Leaving Certificate Examination, 1919
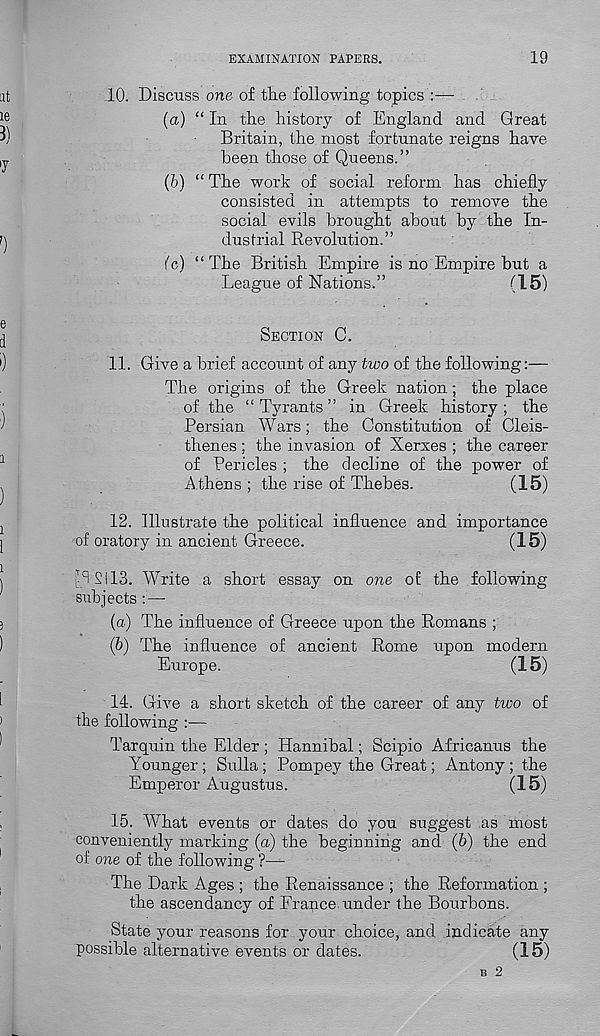
EXAMINATION PAPERS.
19
10.
Discuss one of tlie follow
(a) “ In the history of England and Great
Britain, the most fortunate reigns have
been those of Queens.”
(b) “ The work of social reform has chiefly
consisted in attempts to remove the
social evils brought about by the In-
dustrial Revolution.”
(c) “The British Empire is no Empire but a
League of Nations.”
(15)
SECTION C.
11. Give a brief account of any two of the foRowing:—
The origins of the Greek nation; the place
of the “Tyrants” in Greek history; the
Persian Wars; the Constitution of Cleis-
thenes ; the invasion of Xerxes ; the career
of Pericles ; the decline of the power of
Athens ; the rise of Thebes.
(15)
12. Illustrate the political influence and importance
of oratory in ancient Greece.
(15)
’l SI 13. Write a short essay on one of the following
subjects :—
(a) The influence of Greece upon the Romans ;
(&) The influence of ancient Rome upon modern
Europe.
(15)
14. Give a short sketch of the career of any two of
the following :—
Tarquin the Elder ; Hannibal; Scipio Africanus the
Younger; Sulla; Pompey the Great; Antony; the
Emperor Augustus.
(15)
15. What events or dates do you suggest as most
conveniently marking (a) the beginning and (6) the end
of one of the following ?—
The Dark Ages ; the Renaissance ; the Reformation ;
the ascendancy of France under the Bourbons.
State your reasons for your choice, and indicate any
possible alternative events or dates.
(15)